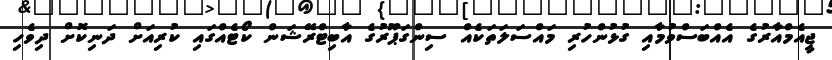
ޖީއެމްއާރުގެ އެއްބަސްވުމާއި ގުޅުންހުރި މައްސަލަތަކެއް ސިންގަޕޫރުގެ އާބިޓްރޭޝަން ކޯޓެއްގައި ކުރިއަށް ދަނިކޮށް ދިވެހި